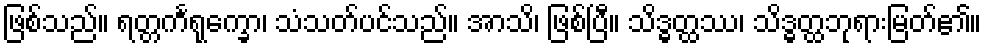
ဖြစ်သည်။ ရတ္တင်္ကရုက္ခော၊ သံသတ်ပင်သည်။ အာသိ၊ ဖြစ်ပြီ။ သိဒ္ဓတ္ထဿ၊ သိဒ္ဓတ္ထဘုရားမြတ်၏။